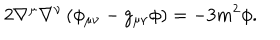
2 \nabla ^ { \mu } \nabla ^ { \nu } \left( \phi _ { \mu \nu } - g _ { \mu \nu } \phi \right) = - 3 m ^ { 2 } \phi .